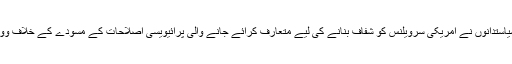
انھی سیاستدانوں نے امریکی سرویلنس کو شفاف بنانے کی لیے متعارف کرائے جانے والی پرائیویسی اصلاحات کے مسودے کے خلاف ووٹ دیا۔